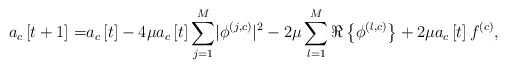
\begin{align*}a_c\left[t+1\right]=&a_c\left[t\right]-4\mu a_c\left[t\right]\sum_{j=1}^{M}\lvert\phi^{\left(j,c\right)}\rvert^2-2\mu\sum_{l=1}^{M}\Re\left\{\phi^{\left(l,c\right)}\right\}+2\mu a_c\left[t\right]f^{\left(c\right)}, \end{align*}